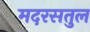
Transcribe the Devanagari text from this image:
मदरसतुल